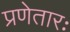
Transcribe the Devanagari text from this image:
प्रणेतारः